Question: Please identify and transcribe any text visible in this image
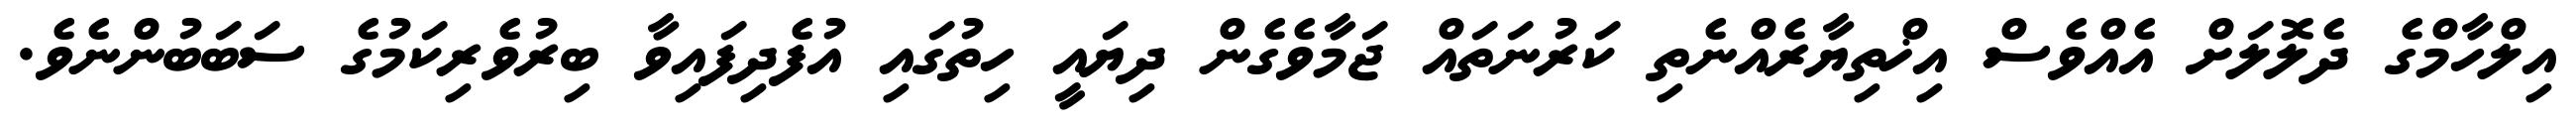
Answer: އިލްހާމްގެ ދެލޮލަށް އެއްވެސް އިޚްތިޔާރެއްނެތި ކަރުނަތައް ޖަމާވެގެން ދިޔައީ ހިތުގައި އުފެދިފައިވާ ބިރުވެރިކަމުގެ ސަބަބުންނެވެ.